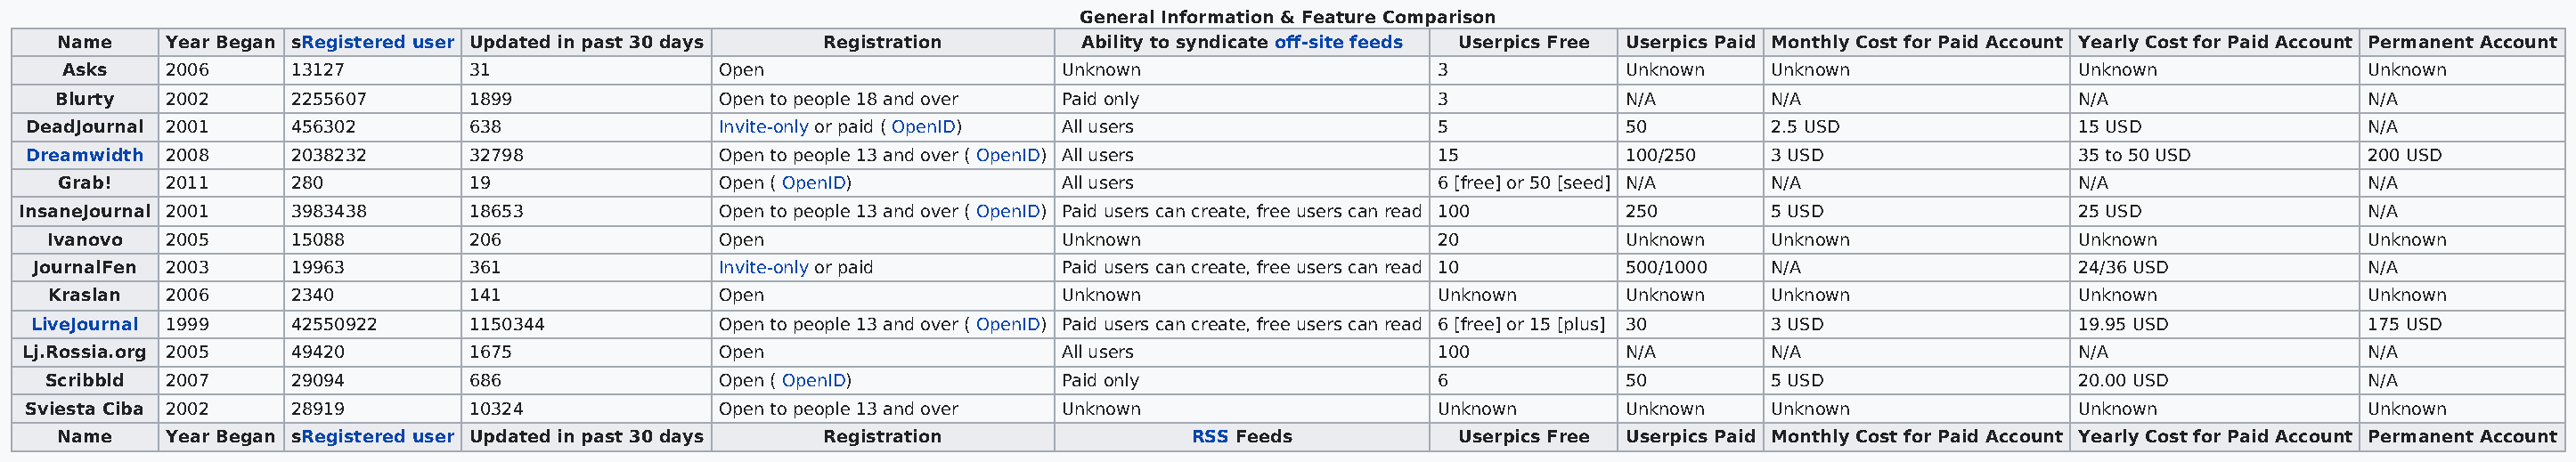
General Information & Feature Comparison
 Name    Year Began sRegistered user Updated in past 30 days Registration    Ability to syndicate off-site feeds Userpics Free Userpics Paid Monthly Cost for Paid Account Yearly Cost for Paid Account Permanent Account
 Asks   2006      13127        31                Open                      Unknown                     3             Unknown    Unknown               Unknown               Unknown
 Blurty  2002      2255607      1899              Open to people 18 and over Paid only                  3             N/A        N/A                   N/A                   N/A
 DeadJournal 2001    456302       638               Invite-only or paid ( OpenID) All users               5             50         2.5 USD               15 USD                N/A
 Dreamwidth 2008     2038232      32798             Open to people 13 and over ( OpenID) All users        15            100/250    3 USD                 35 to 50 USD          200 USD
 Grab!   2011      280          19                Open ( OpenID)            All users                   6 [free] or 50 [seed] N/A N/A                  N/A                   N/A
 InsaneJournal 2001   3983438      18653             Open to people 13 and over ( OpenID) Paid users can create, free users can read 100 250 5 USD        25 USD                N/A
 Ivanovo  2005      15088        206               Open                      Unknown                     20            Unknown    Unknown               Unknown               Unknown
 JournalFen 2003     19963        361               Invite-only or paid       Paid users can create, free users can read 10 500/1000 N/A                 24/36 USD             N/A
 Kraslan 2006      2340         141               Open                      Unknown                     Unknown       Unknown    Unknown               Unknown               Unknown
 LiveJournal 1999    42550922     1150344           Open to people 13 and over ( OpenID) Paid users can create, free users can read 6 [free] or 15 [plus] 30 3 USD 19.95 USD   175 USD
 Lj.Rossia.org 2005  49420        1675              Open                      All users                   100           N/A        N/A                   N/A                   N/A
 Scribbld 2007      29094        686               Open ( OpenID)            Paid only                   6             50         5 USD                 20.00 USD             N/A
 Sviesta Ciba 2002   28919        10324             Open to people 13 and over Unknown                    Unknown       Unknown    Unknown               Unknown               Unknown
 Name    Year Began sRegistered user Updated in past 30 days Registration             RSS Feeds          Userpics Free Userpics Paid Monthly Cost for Paid Account Yearly Cost for Paid Account Permanent Account